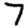
Digit: 7